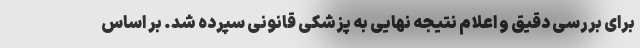
برای بررسی دقیق و اعلام نتیجه نهایی به پزشکی قانونی سپرده شد. بر اساس